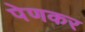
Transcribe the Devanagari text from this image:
पेणकर